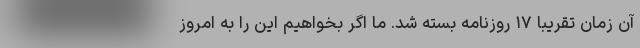
آن زمان تقریبا ۱۷ روزنامه بسته شد. ما اگر بخواهیم این را به امروز